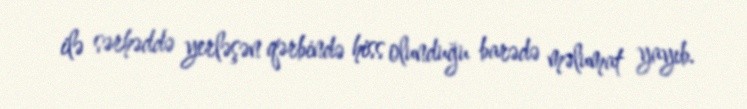
ilə sərhəddə yerləşən qərbində hiss olunduğu barədə məlumat yayıb.